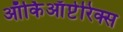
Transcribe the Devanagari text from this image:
ऑर्किआँप्टेरिक्स